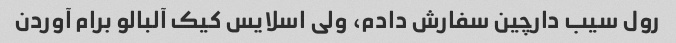
رول سیب دارچین سفارش دادم، ولی اسلایس کیک آلبالو برام آوردن